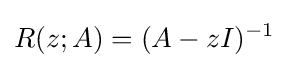
R(z;A)=(A-zI)^{-1}~